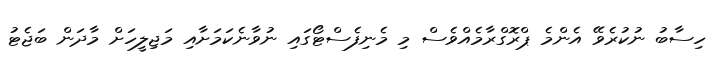
ހިސާބު ނުކުރެވޭ އެންމެ ޕްރޮގްރާމެއްވެސް މި މެނިފެސްޓޯގައި ނުވާނެކަމަށާއި މަޖިލީހަށް މާދަން ބަޖެޓު